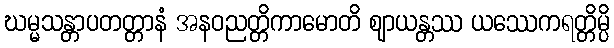
ဃမ္မသန္တာပတတ္တာနံ အနဝညတ္တိကာမောတိ ဈာယန္တဿ ယဿေကရတ္တိမ္ပိ